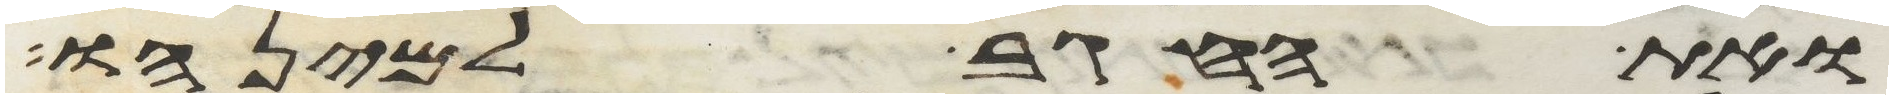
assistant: ואת החגב למינהו